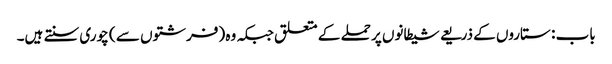
باب : ستاروں کے ذریعے شیطانوں پر حملے کے متعلق جبکہ وہ (فرشتوں سے ) چوری سنتے ہیں۔